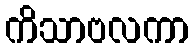
ကိသာဗလကာ